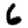
Digit: 6